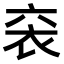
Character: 𫋴